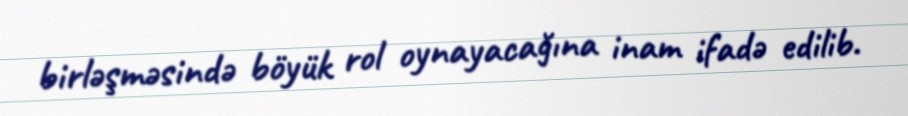
birləşməsində böyük rol oynayacağına inam ifadə edilib.